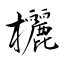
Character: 欐